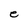
Character: e